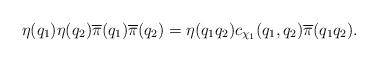
LaTeX: \begin{align*} \eta(q_1) \eta(q_2) \overline{\pi}(q_1) \overline{\pi}(q_2) = \eta(q_1 q_2) c_{\chi_1}(q_1, q_2) \overline{\pi}(q_1 q_2).\end{align*}